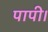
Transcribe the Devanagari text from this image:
पापी।